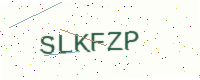
Text: SLKFZP